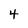
Character: 4